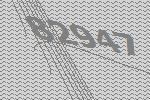
82947